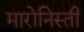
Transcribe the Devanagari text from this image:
मारोनिस्ती